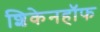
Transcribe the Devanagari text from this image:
शिकेनहॉफ